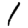
Digit: 1